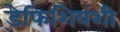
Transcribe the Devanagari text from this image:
डेफिशियंशी